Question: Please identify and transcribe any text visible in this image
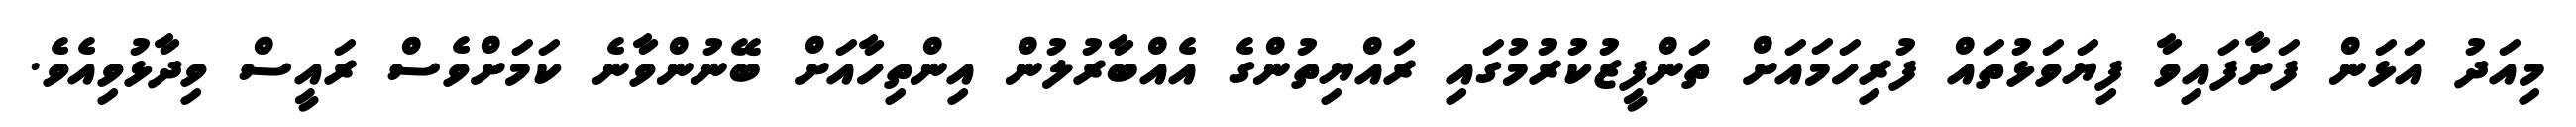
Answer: މިއަދު އަޅަން ފަށާފައިވާ ފިޔަވަޅުތައް ފުރިހަމައަށް ތަންފީޒުކުރުމުގައި ރައްޔިތުންގެ އެއްބާރުލުން އިންތިހާއަށް ބޭނުންވާނެ ކަމަށްވެސް ރައީސް ވިދާޅުވިއެވެ.